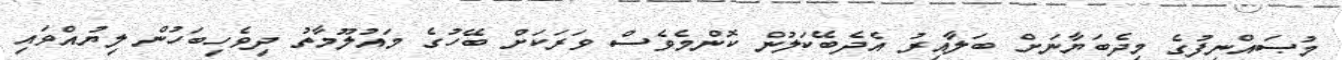
މުޞައްނިފުގެ މިދެބަޔާނަށް ބަލާއިރު އެދެބޭކަލުން ކޮންމެވެސް ވަރަކަށް ބޭހުގެ މައުލޫމާތު ދިވެހިބަހުން ލިޔުއްވައި